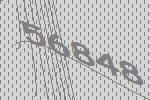
56848